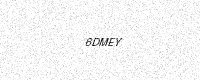
Text: 6DMEY